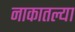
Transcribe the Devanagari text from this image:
नाकातल्या